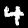
Digit: 4